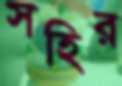
সহির